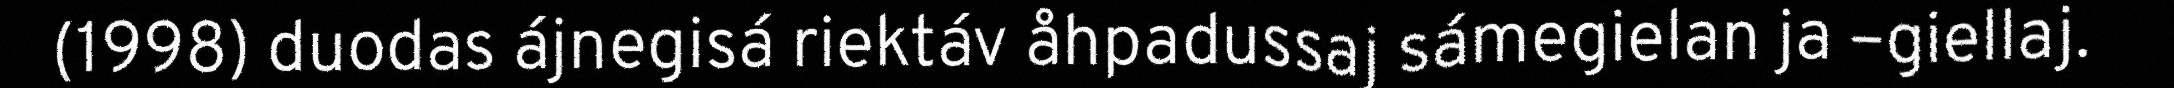
(1998) duodas ájnegisá riektáv åhpadussaj sámegielan ja –giellaj.